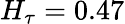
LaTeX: H_{\tau}=0.47